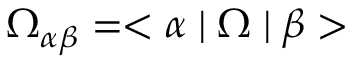
\Omega _ { \alpha \beta } = < \alpha \mid \Omega \mid \beta >